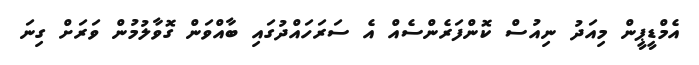
އެމްޑީޕީން މިއަދު ނިއުސް ކޮންފަރެންސެއް އެ ސަރަހައްދުގައި ބާއްވަން ގޮވާލުމުން ވަރަށް ގިނަ